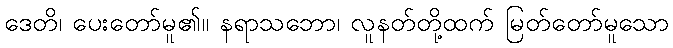
ဒေတိ၊ ပေးတော်မူ၏။ နရာသဘော၊ လူနတ်တို့ထက် မြတ်တော်မူသော